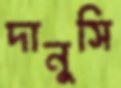
দানুসি